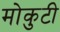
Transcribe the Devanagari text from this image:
मोकुटी